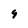
Character: 9